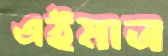
এইমাত্র